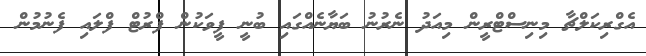
އެގްރިކަލްޗާ މިނިސްޓްރީން މިއަދު ނެރުނު ބަޔާނެއްގައި ބުނީ ފީވަކުން ފްރުޓް ފްލައި ފެނުމުން